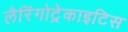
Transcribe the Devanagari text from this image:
लैरिंगोट्रेकाइटिस